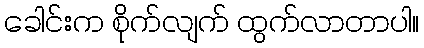
ခေါင်းက စိုက်လျက် ထွက်လာတာပါ။